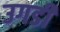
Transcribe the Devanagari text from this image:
उगडी